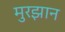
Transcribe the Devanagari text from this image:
मुरझान